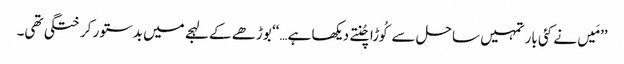
’’مَیں نے کئی بار تمہیں ساحل سےکُوڑا چُنتے دیکھا ہے…‘‘ بوڑھے کے لہجے میں بدستور کرختگی تھی۔